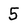
Character: 5